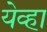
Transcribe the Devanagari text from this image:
येव्हा